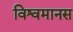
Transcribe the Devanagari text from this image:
विश्वमानस